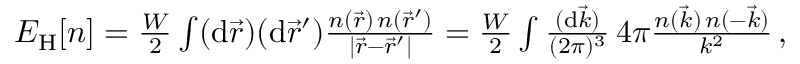
\begin{array} { r } { E _ { \mathrm { H } } [ n ] = \frac { W } { 2 } \int ( \mathrm { d } \vec { r } ) ( \mathrm { d } \vec { r } ^ { \prime } ) \frac { n ( \vec { r } ) \, n ( \vec { r } ^ { \prime } ) } { | \vec { r } - \vec { r } ^ { \prime } | } = \frac { W } { 2 } \int \frac { ( \mathrm { d } \vec { k } ) } { ( 2 \pi ) ^ { 3 } } \, 4 \pi \frac { n ( \vec { k } ) \, n ( - \vec { k } ) } { k ^ { 2 } } \, , } \end{array}